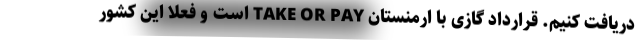
دریافت کنیم. قرارداد گازی با ارمنستان TAKE OR PAY است و فعلا این کشور